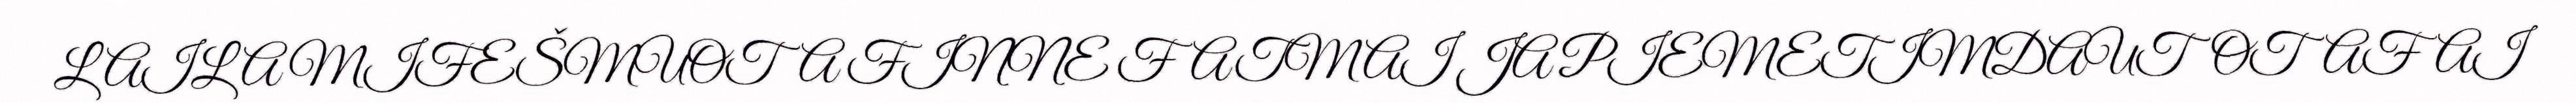
LAILA MIFEŠMUOTA FINNE FATMAI JA PIEMETIMDAUTOTAFAI